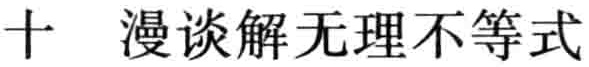
十 漫谈解无理不等式